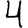
Digit: 4